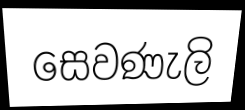
සෙවණැලි